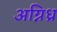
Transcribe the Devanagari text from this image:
अग्निध्र